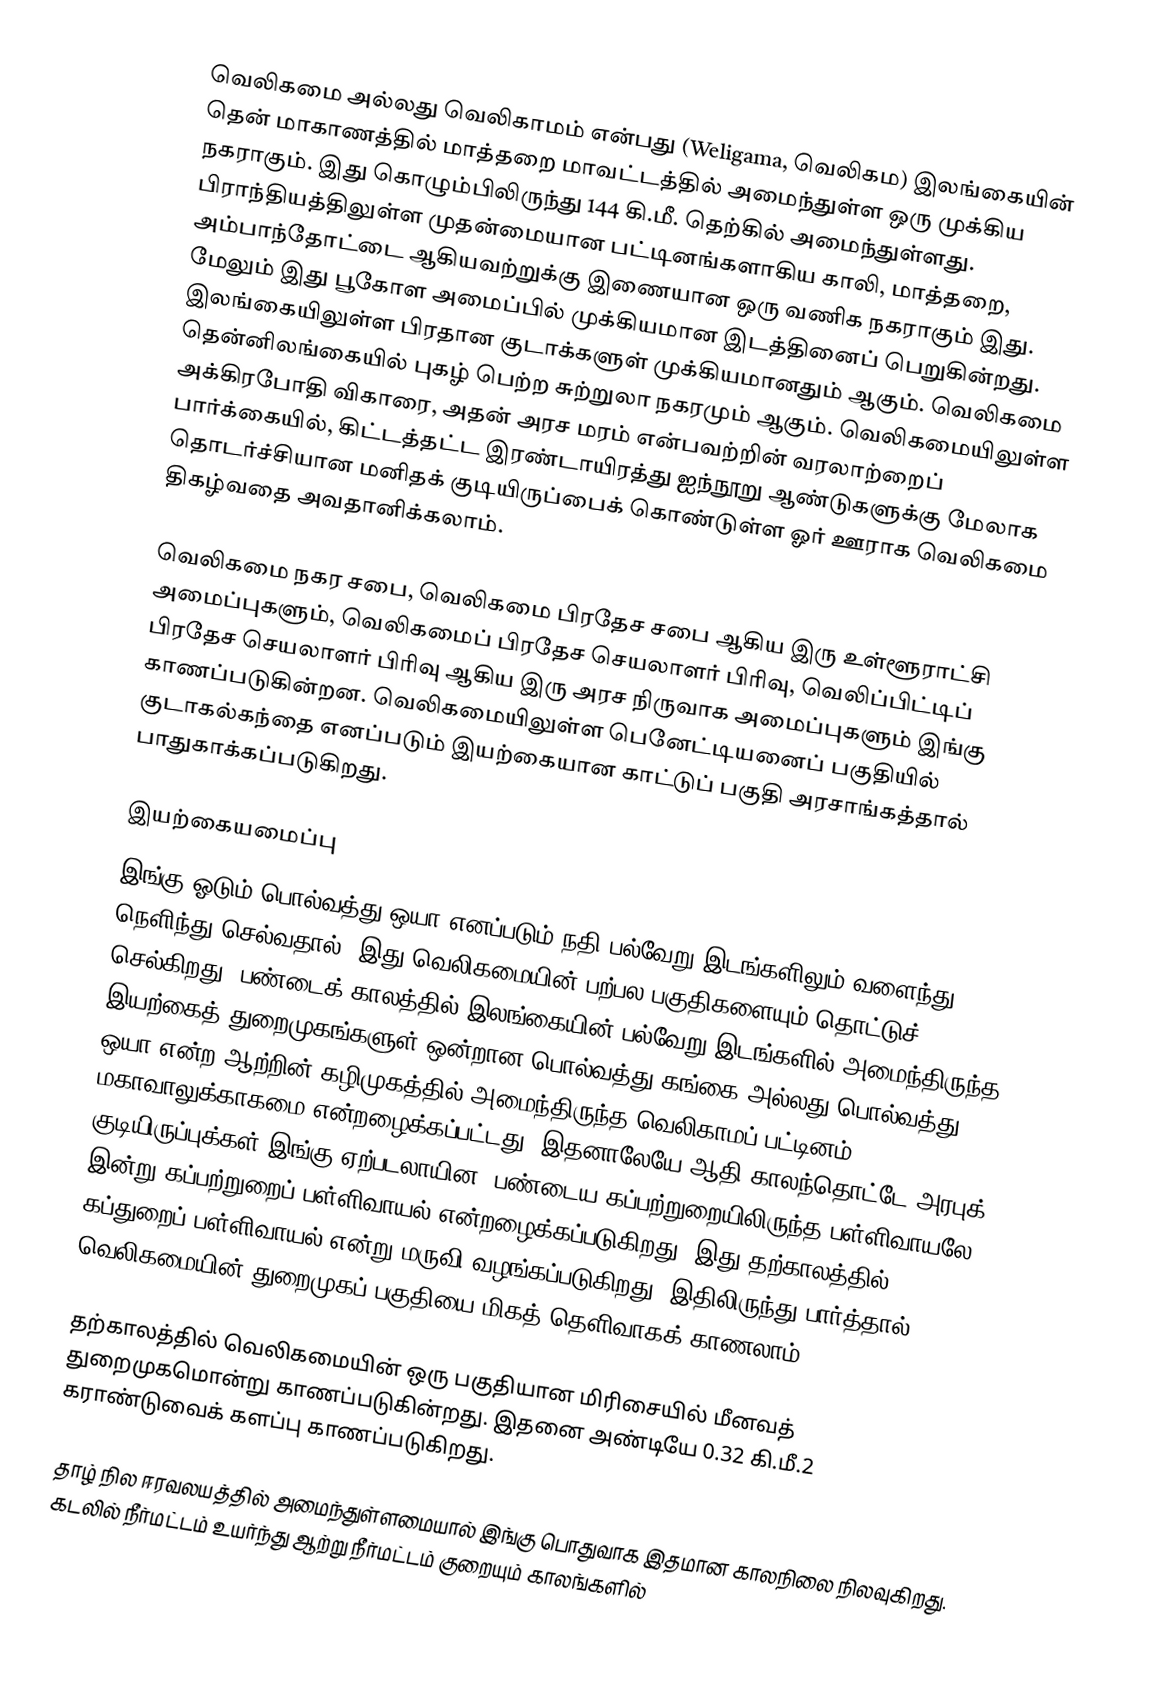
வெலிகமை அல்லது வெலிகாமம் என்பது (Weligama, வெலிகம) இலங்கையின் தென் மாகாணத்தில் மாத்தறை மாவட்டத்தில் அமைந்துள்ள ஒரு முக்கிய நகராகும். இது கொழும்பிலிருந்து 144 கி.மீ. தெற்கில் அமைந்துள்ளது. பிராந்தியத்திலுள்ள முதன்மையான பட்டினங்களாகிய காலி, மாத்தறை, அம்பாந்தோட்டை ஆகியவற்றுக்கு இணையான ஒரு வணிக நகராகும் இது. மேலும் இது பூகோள அமைப்பில் முக்கியமான இடத்தினைப் பெறுகின்றது. இலங்கையிலுள்ள பிரதான குடாக்களுள் முக்கியமானதும் ஆகும். வெலிகமை தென்னிலங்கையில் புகழ் பெற்ற சுற்றுலா நகரமும் ஆகும். வெலிகமையிலுள்ள அக்கிரபோதி விகாரை, அதன் அரச மரம் என்பவற்றின் வரலாற்றைப் பார்க்கையில், கிட்டத்தட்ட இரண்டாயிரத்து ஐந்நூறு ஆண்டுகளுக்கு மேலாக தொடர்ச்சியான மனிதக் குடியிருப்பைக் கொண்டுள்ள ஓர் ஊராக வெலிகமை திகழ்வதை அவதானிக்கலாம்.

வெலிகமை நகர சபை, வெலிகமை பிரதேச சபை ஆகிய இரு உள்ளூராட்சி அமைப்புகளும், வெலிகமைப் பிரதேச செயலாளர் பிரிவு, வெலிப்பிட்டிப் பிரதேச செயலாளர் பிரிவு ஆகிய இரு அரச நிருவாக அமைப்புகளும் இங்கு காணப்படுகின்றன. வெலிகமையிலுள்ள பெனேட்டியனைப் பகுதியில் குடாகல்கந்தை எனப்படும் இயற்கையான காட்டுப் பகுதி அரசாங்கத்தால் பாதுகாக்கப்படுகிறது.

இயற்கையமைப்பு
இங்கு ஓடும் பொல்வத்து ஒயா எனப்படும் நதி பல்வேறு இடங்களிலும் வளைந்து நெளிந்து செல்வதால், இது வெலிகமையின் பற்பல பகுதிகளையும் தொட்டுச் செல்கிறது. பண்டைக் காலத்தில் இலங்கையின் பல்வேறு இடங்களில் அமைந்திருந்த இயற்கைத் துறைமுகங்களுள் ஒன்றான பொல்வத்து கங்கை அல்லது பொல்வத்து ஒயா என்ற ஆற்றின் கழிமுகத்தில் அமைந்திருந்த வெலிகாமப் பட்டினம் மகாவாலுக்காகமை என்றழைக்கப்பட்டது. இதனாலேயே ஆதி காலந்தொட்டே அரபுக் குடியிருப்புக்கள் இங்கு ஏற்படலாயின. பண்டைய கப்பற்றுறையிலிருந்த பள்ளிவாயலே இன்று கப்பற்றுறைப் பள்ளிவாயல் என்றழைக்கப்படுகிறது. இது தற்காலத்தில் கப்துறைப் பள்ளிவாயல் என்று மருவி வழங்கப்படுகிறது. இதிலிருந்து பார்த்தால் வெலிகமையின் துறைமுகப் பகுதியை மிகத் தெளிவாகக் காணலாம்.

தற்காலத்தில் வெலிகமையின் ஒரு பகுதியான மிரிசையில் மீனவத் துறைமுகமொன்று காணப்படுகின்றது. இதனை அண்டியே 0.32 கி.மீ.2 கராண்டுவைக் களப்பு காணப்படுகிறது.

தாழ் நில ஈரவலயத்தில் அமைந்துள்ளமையால் இங்கு பொதுவாக இதமான காலநிலை நிலவுகிறது. கடலில் நீர்மட்டம் உயர்ந்து ஆற்று நீர்மட்டம் குறையும் காலங்களில்